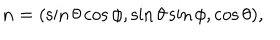
LaTeX: { \bf n } = ( \sin \theta \cos \phi , \sin \theta \sin \phi , \cos \theta ) ,